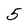
Character: 5